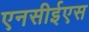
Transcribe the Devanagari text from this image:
एनसीईएस